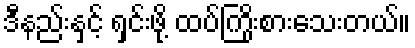
ဒီနည်းနှင့် ရှင်းဖို့ ထပ်ကြိုးစားသေးတယ်။